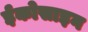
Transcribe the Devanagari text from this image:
ईकोसाइन